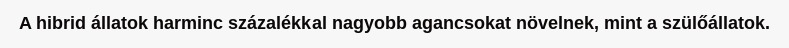
A hibrid állatok harminc százalékkal nagyobb agancsokat növelnek, mint a szülőállatok.